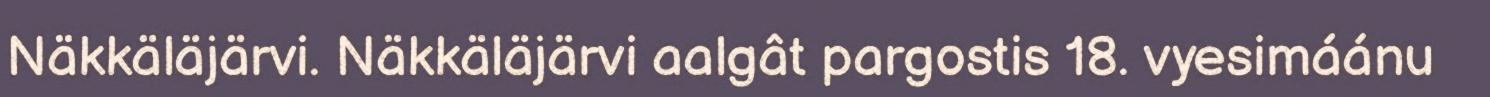
Näkkäläjärvi. Näkkäläjärvi aalgât pargostis 18. vyesimáánu